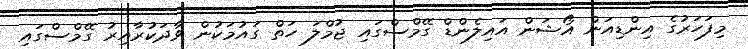
މިފަހަރުގެ އިންޑިއަން އޯޝަން އައިލެންޑް ގޭމްސްގައި ޖުމްލަ ހަތް ގައުމަކުން ވާދަކުރާއިރު ގޭމްސްގައި